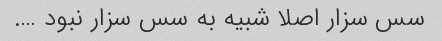
سس سزار اصلا شبیه به سس سزار نبود ….